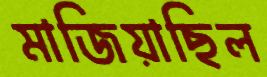
মাজিয়াছিল